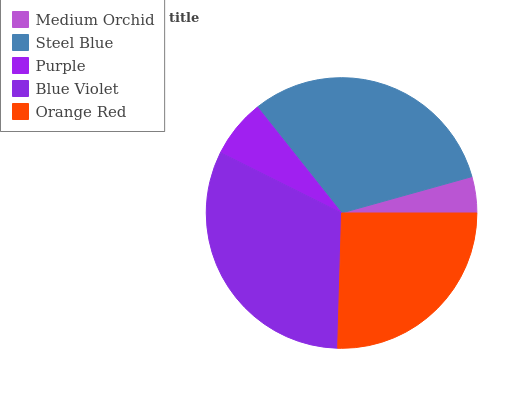
| Medium Orchid | Steel Blue | Purple | Blue Violet | Orange Red |
 | --- | --- | --- | --- | --- |
 | 4.33% | 31.4% | 6.96% | 31.9% | 25.5% |